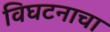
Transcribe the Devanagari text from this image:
विघटनाचा